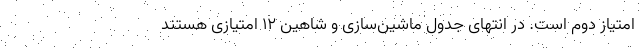
امتیاز دوم است. در انتهای جدول ماشین‌سازی و شاهین ۱۲ امتیازی هستند